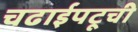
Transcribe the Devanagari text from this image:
चढाईपटूची